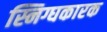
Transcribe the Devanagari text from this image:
स्निग्घकारक